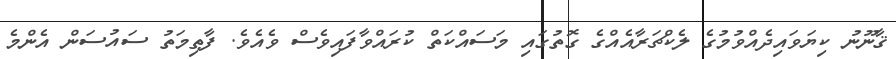
ޤާނޫނު ކިޔަވައިދެއްވުމުގެ ލެކްޗަރާއެއްގެ ގޮތުގައި މަސައްކަތް ކުރައްވާފައިވެސް ވެއެވެ. ފާޠިމަތު ސައުސަން އެންމެ